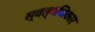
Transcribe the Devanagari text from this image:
स्वत्वधिकार